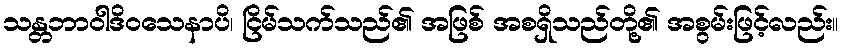
သန္တဘာဝါဒိဝသေနာပိ၊ ငြိမ်သက်သည်၏ အဖြစ် အစရှိသည်တို့၏ အစွမ်းဖြင့်လည်း။